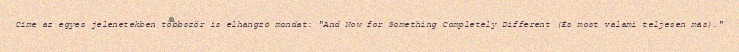
Címe az egyes jelenetekben többször is elhangzó mondat: "And Now for Something Completely Different (És most valami teljesen más)."